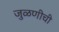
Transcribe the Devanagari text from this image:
जुळणीची